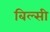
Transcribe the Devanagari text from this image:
बिल्‍सी